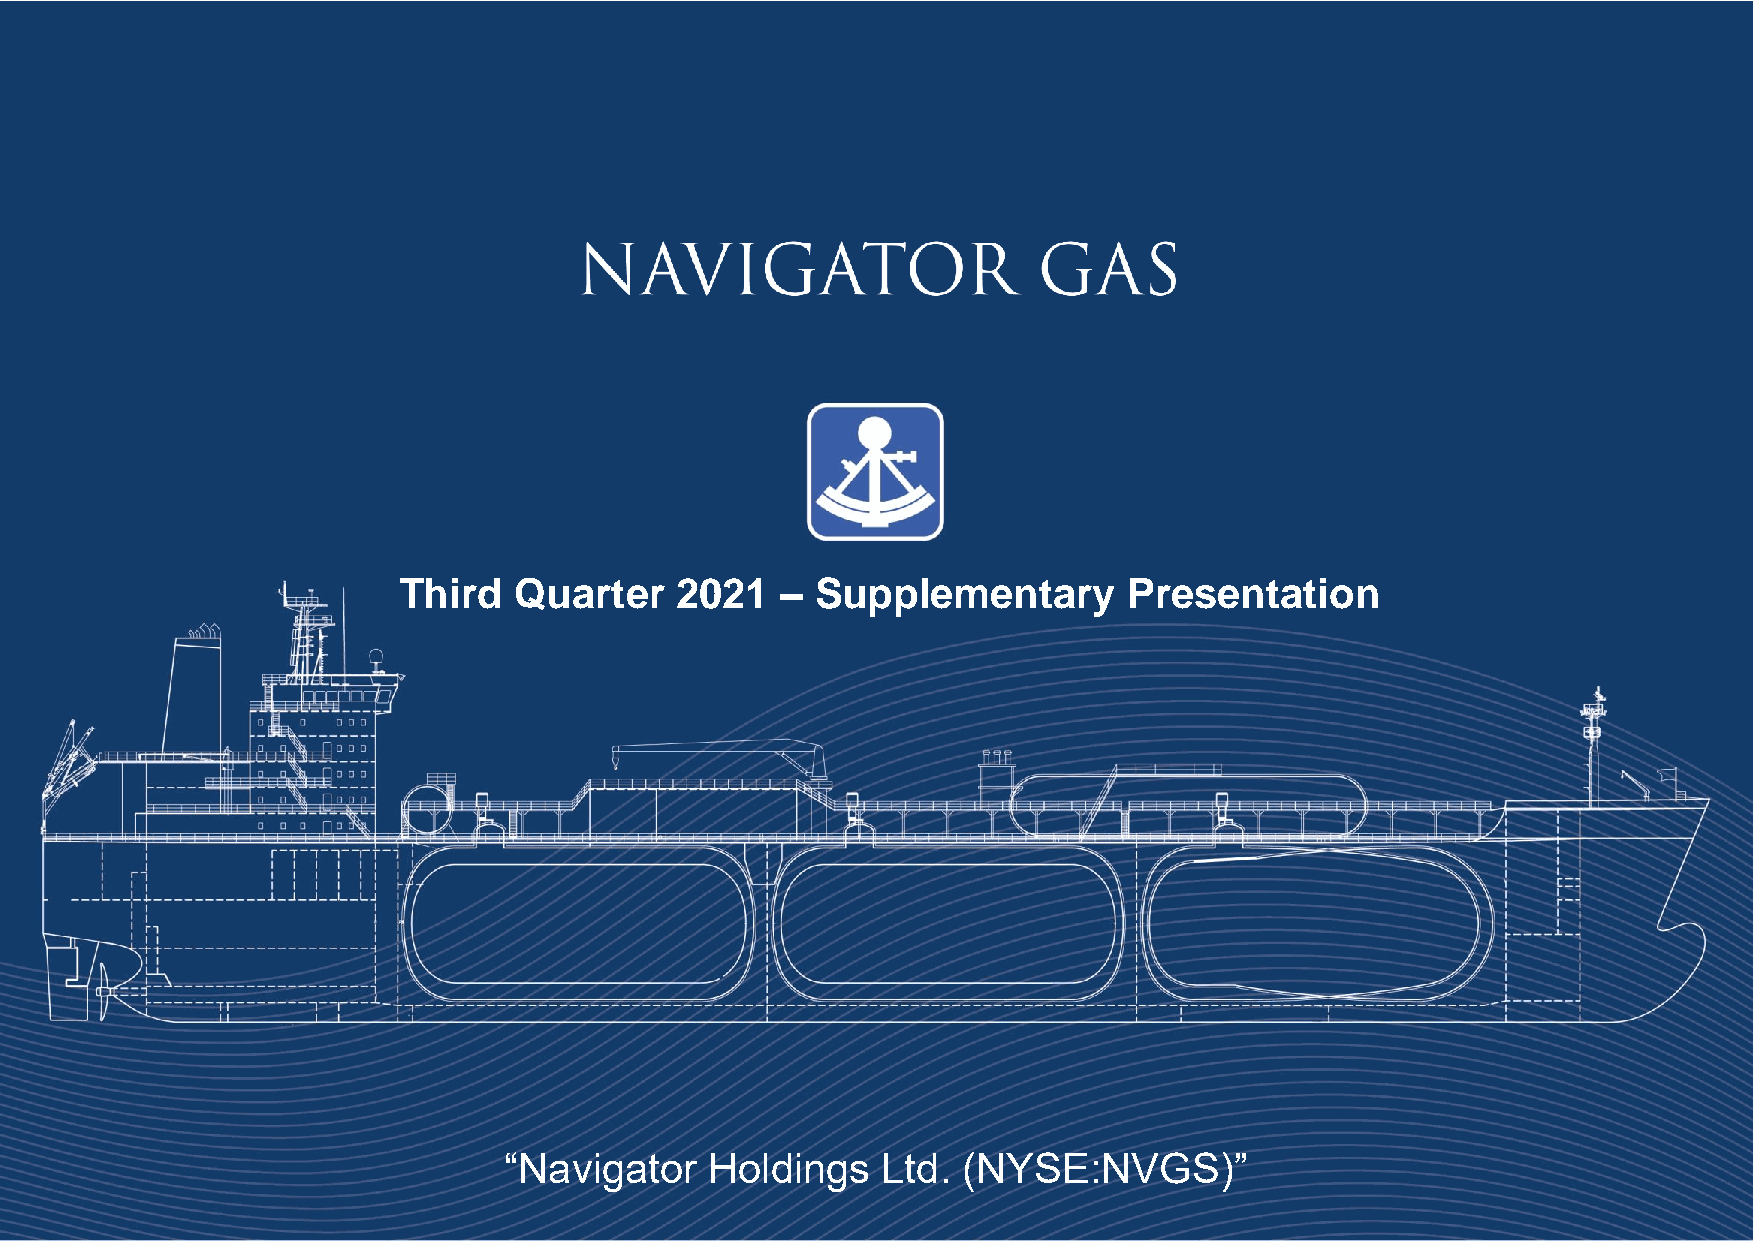
Third   Quarter    2021   – Supplementary        Presentation
 “Navigator    Holdings   Ltd.  (NYSE:NVGS)”
 Confidential